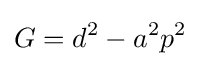
G=d^{2}-a^{2}p^{2}